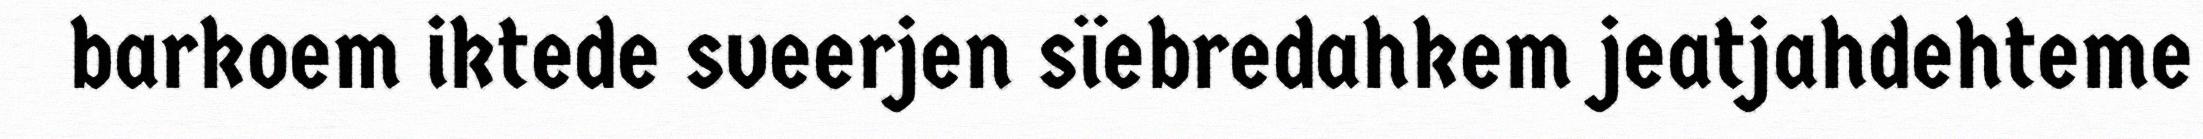
barkoem iktede sveerjen sïebredahkem jeatjahdehteme